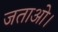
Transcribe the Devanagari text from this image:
जताओ।